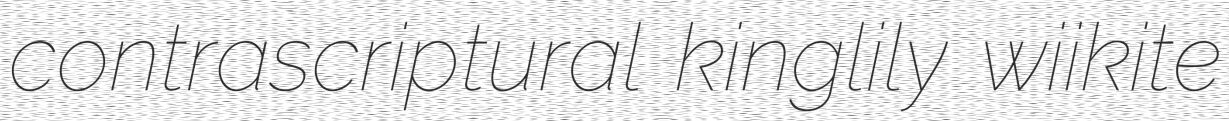
contrascriptural kinglily wiikite